Report of the Municipal Commissioner on the plague in Bombay for the year ending 31st May... - Volume 2
Disease focus: Plague
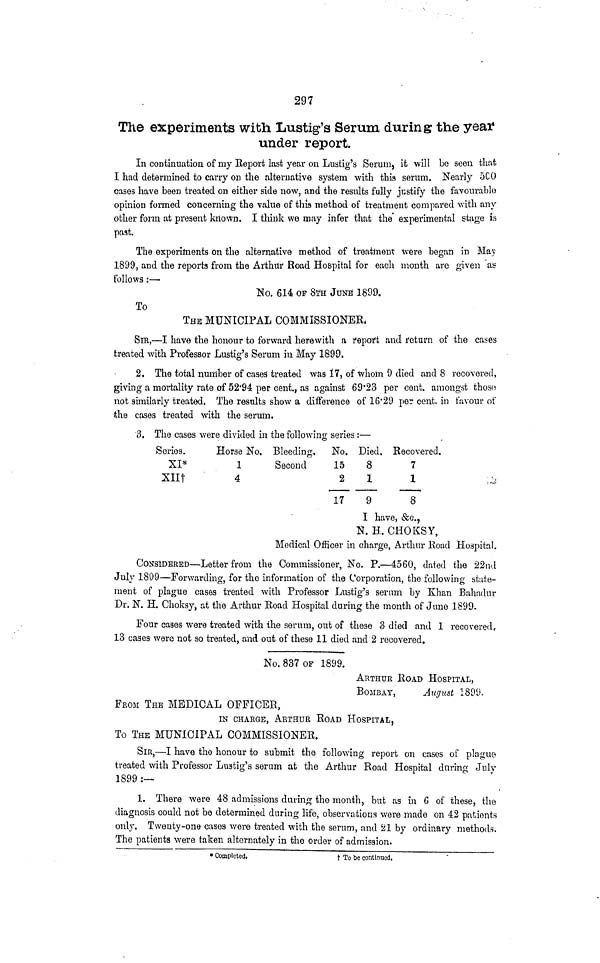
297
The experiments with Lustig's Serum during the yea?
under report.
In continuation of my Report last year on Lustig's Serum, it will be seen that
I had determined to carry on the alternative system with this serum. Nearly 5CO
cases have been treated on either side now, and the results fully justify the favourable
opinion formed concerning the value of this method of treatment compared with any
other form at present kilo\vn. I think we may infer that the' experimental stage is
paat.
The experiments on the alternative method of treatment were began in May
1899, and the reports from the Arthur Road Hospital for each month are given as
follows :—•
No, 614 OF Slu. JUNE 1899.
To
THE MUNICIPAL COMMISSIONER,
SIR,—I have the honour to forward herewith a report and return of the cases
treated with Professor Lustig's Serum in May 1899.
2. The total number of cases treated was 17, of whom 9 died and 8 recovered,
giving a mortality rate of 52*94 per cent., as against 69*23 per cent, amongst those
not similarly treated. The results show a difference of 10*29 per cent, in favour of
the cases treated with the serum.
3. The cases were divided in the following series :—
Series.
XI*
xnt
Horse No.
1
4
Bleeding,
Second
No.
15
2
17
Died.
8
1
9
Recovered.
7
1
8
I have, &o.,
N. H, CHOKSY,
Medical Officer in charge, Arthur Eoad Hospital.
CONSIDERED—Letter from the Commissioner, No. P.—4560, dated the 22nd
July 1899—Forwarding, for the information of the Corporation, the following state-
ment of plague cases treated with Professor Lustig's serum by Khan Bahadur
Dr. N. H. Choksy, at the Arthur Road Hospital during the month of June 181)9.
Four cases were treated with the serum, out of these 3 died and 1 recovered,
13 oases were not so treated, and out of these 11 died and 2 recovered.
No. 837 OF 1899.
ARTHUR ROAD HOSPITAL,
BOMBAY,
August 1899.
FROM THE MEDICAL OFFICER,
IN CHARGE, ARTHUR ROAD HOSPITAL,
To THE MUNICIPAL COMMISSIONER.
SIR,—I have tho honour to submit the following report on cases of plague
treated with Professor Lustig's serum at the Arthur Road Hospital during July
1899:—
1. There were 48 admissions during the month, but as in 6 of these, the
diagnosis could not be determined during life, observations were made on 42 patients
only. Twenty-one cases were treated with the serum, and 21 by ordinary methods.
The patients were taken alternately in the order of admission.
• Completed,
f To be continued.